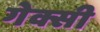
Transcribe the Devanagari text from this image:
गेक्सी